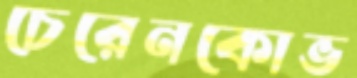
চেরেনকোভ